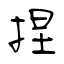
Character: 捏